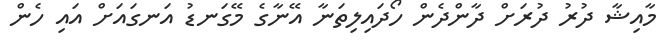
މާއިޝާ ދުރު ދުރަށް ދާންދެން ހޯދައިލިތަނާ އޭނާގެ މޭގަނޑު އަނގައަށް އައި ހެން